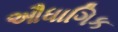
ઔધાગિક